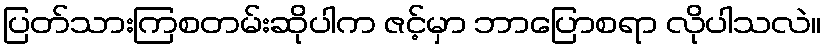
ပြတ်သားကြစတမ်းဆိုပါက ဇင့်မှာ ဘာပြောစရာ လိုပါသလဲ။